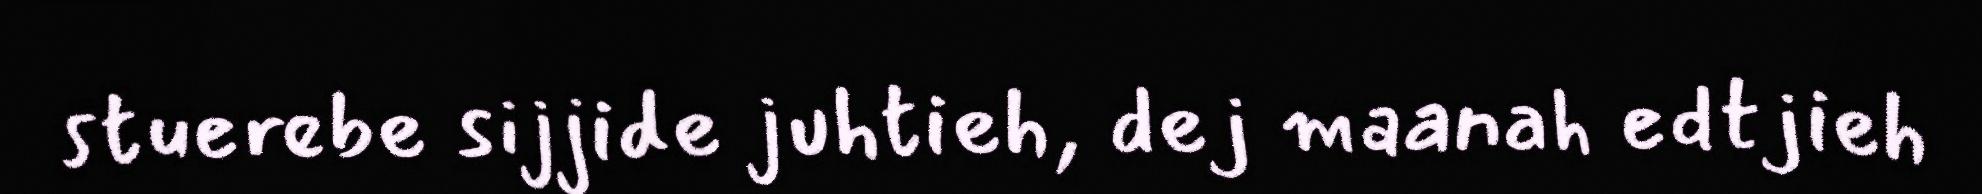
stuerebe sijjide juhtieh, dej maanah edtjieh